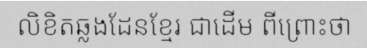
លិខិតឆ្លងដែនខ្មែរ ជាដើម ពីព្រោះថា